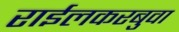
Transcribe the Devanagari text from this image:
राईलकरबुवा